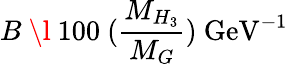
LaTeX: B~\l~100~(\frac{M_{H_{3}}}{M_{G}})~\mathrm{GeV}^{-1}